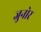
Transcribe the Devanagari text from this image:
जुनोर